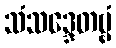
သံသဒ္ဒေတဗ္ဗံ